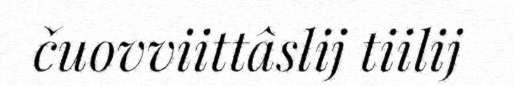
čuovviittâslij tiilij